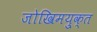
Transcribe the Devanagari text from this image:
जोखिमयु्क्त